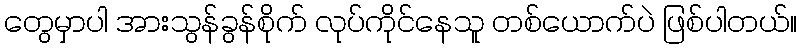
တွေမှာပါ အားသွန်ခွန်စိုက် လုပ်ကိုင်နေသူ တစ်ယောက်ပဲ ဖြစ်ပါတယ်။